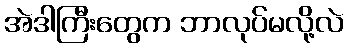
အဲဒါကြီးတွေက ဘာလုပ်မလို့လဲ